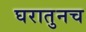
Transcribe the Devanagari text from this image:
घरातुनच